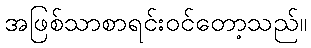
အဖြစ်သာစာရင်းဝင်တော့သည်။